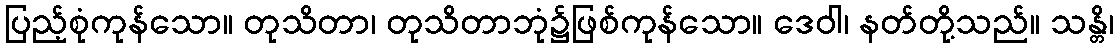
ပြည့်စုံကုန်သော။ တုသိတာ၊ တုသိတာဘုံ၌ဖြစ်ကုန်သော။ ဒေဝါ၊ နတ်တို့သည်။ သန္တိ၊